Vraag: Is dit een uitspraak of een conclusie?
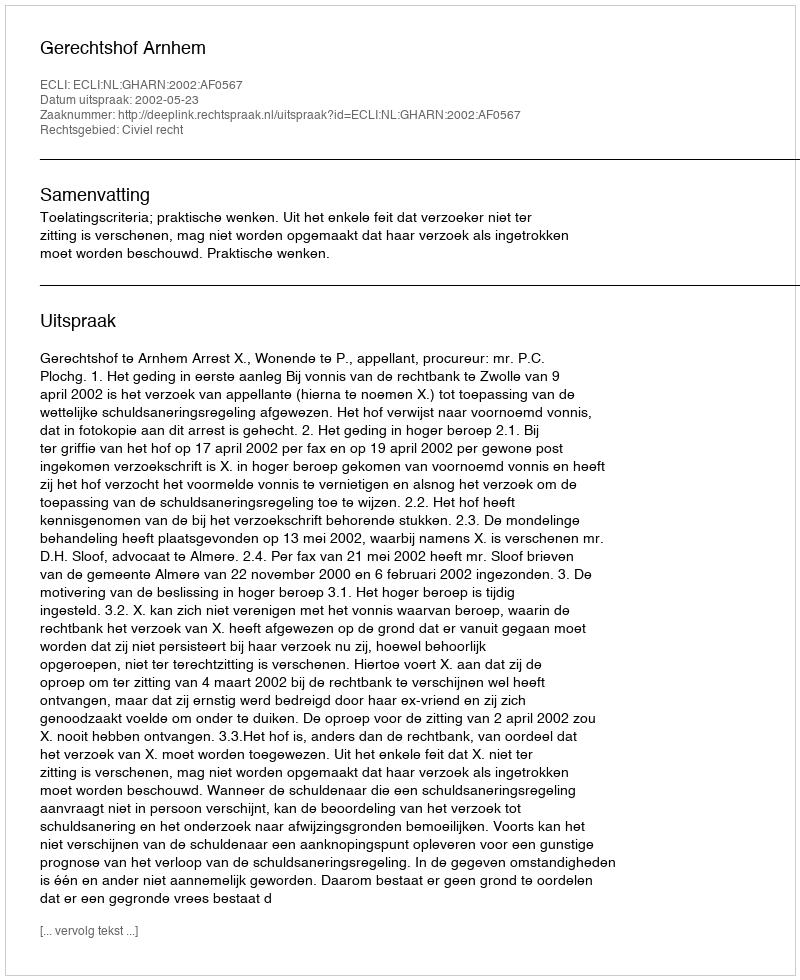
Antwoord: Uitspraak